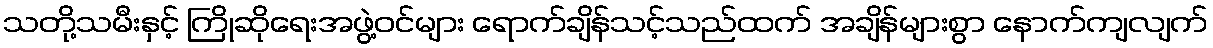
သတို့သမီးနှင့် ကြိုဆိုရေးအဖွဲ့ဝင်များ ရောက်ချိန်သင့်သည်ထက် အချိန်များစွာ နောက်ကျလျက်